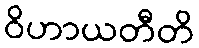
ဝိဟာယတီတိ